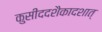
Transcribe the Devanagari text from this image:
कुसीददशैकादशात्